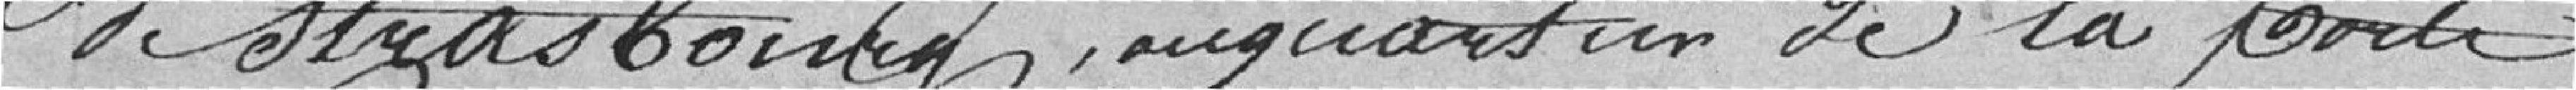
de Strasbourg, au quartier de la porte